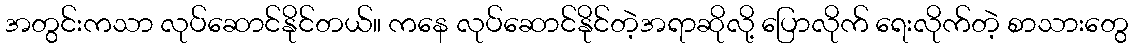
အတွင်းကသာ လုပ်ဆောင်နိုင်တယ်။ ကနေ လုပ်ဆောင်နိုင်တဲ့အရာဆိုလို့ ပြောလိုက် ရေးလိုက်တဲ့ စာသားတွေ